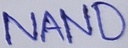
Text: NAND